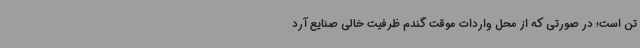
تن است؛ در صورتی ‌که از محل واردات موقت گندم ظرفیت خالی صنایع آرد